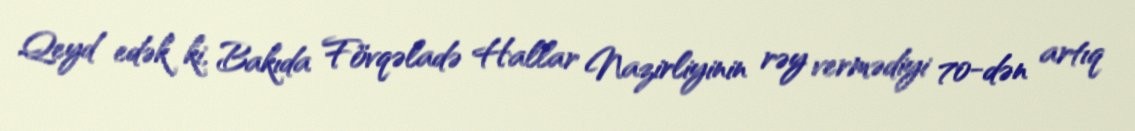
Qeyd edək ki, Bakıda Fövqəladə Hallar Nazirliyinin rəy vermədiyi 70-dən artıq